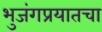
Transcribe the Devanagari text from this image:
भुजंगप्रयातचा